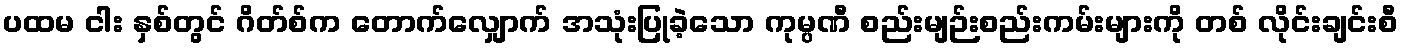
ပထမ ငါး နှစ်တွင် ဂိတ်စ်က တောက်လျှောက် အသုံးပြုခဲ့သော ကုမ္ပဏီ စည်းမျဉ်းစည်းကမ်းများကို တစ် လိုင်းချင်းစီ